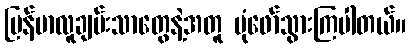
မြန်မာလူချမ်းသာတွေနဲ့အတူ ပုံဖော်သွားကြပါတယ်။